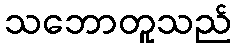
သဘောတူသည်